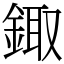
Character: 鋷